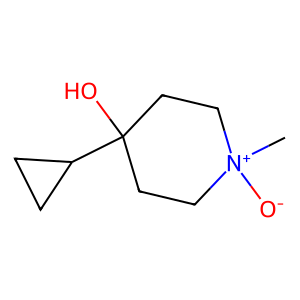
SMILES: C[N+]1([O-])CCC(O)(C2CC2)CC1
Inhibits HIV replication: No